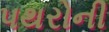
પથરોની